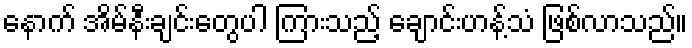
နောက် အိမ်နီးချင်းတွေပါ ကြားသည့် ချောင်းဟန့်သံ ဖြစ်လာသည်။